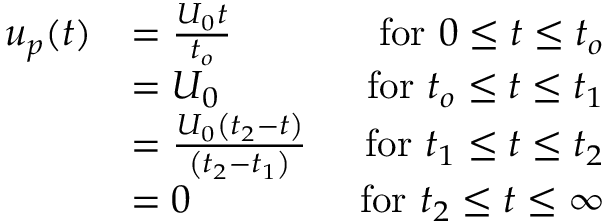
\begin{array} { r l r } { u _ { p } ( t ) } & { = \frac { U _ { 0 } t } { t _ { o } } } & { \mathrm { ~ f o r ~ } 0 \leq t \leq t _ { o } } \\ & { = U _ { 0 } } & { \mathrm { ~ f o r ~ } t _ { o } \leq t \leq t _ { 1 } } \\ & { = \frac { U _ { 0 } \left( t _ { 2 } - t \right) } { \left( t _ { 2 } - t _ { 1 } \right) } } & { \mathrm { ~ f o r ~ } t _ { 1 } \leq t \leq t _ { 2 } } \\ & { = 0 } & { \mathrm { ~ f o r ~ } t _ { 2 } \leq t \leq \infty } \end{array}